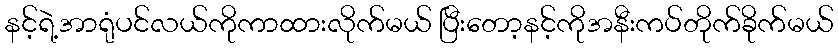
နင့်ရဲ့အာရုံပင်လယ်ကိုကာထားလိုက်မယ် ပြီးတော့နင့်ကိုအနီးကပ်တိုက်ခိုက်မယ်